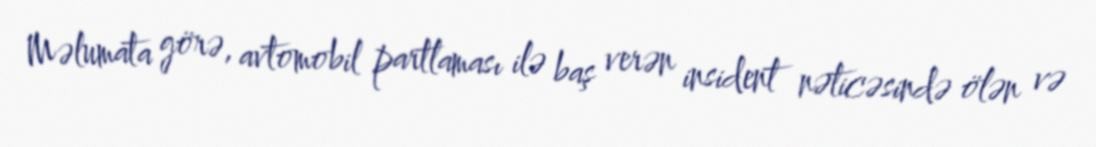
Məlumata görə, avtomobil partlaması ilə baş verən insident nəticəsində ölən və